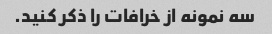
سه نمونه از خرافات را ذکر کنید.